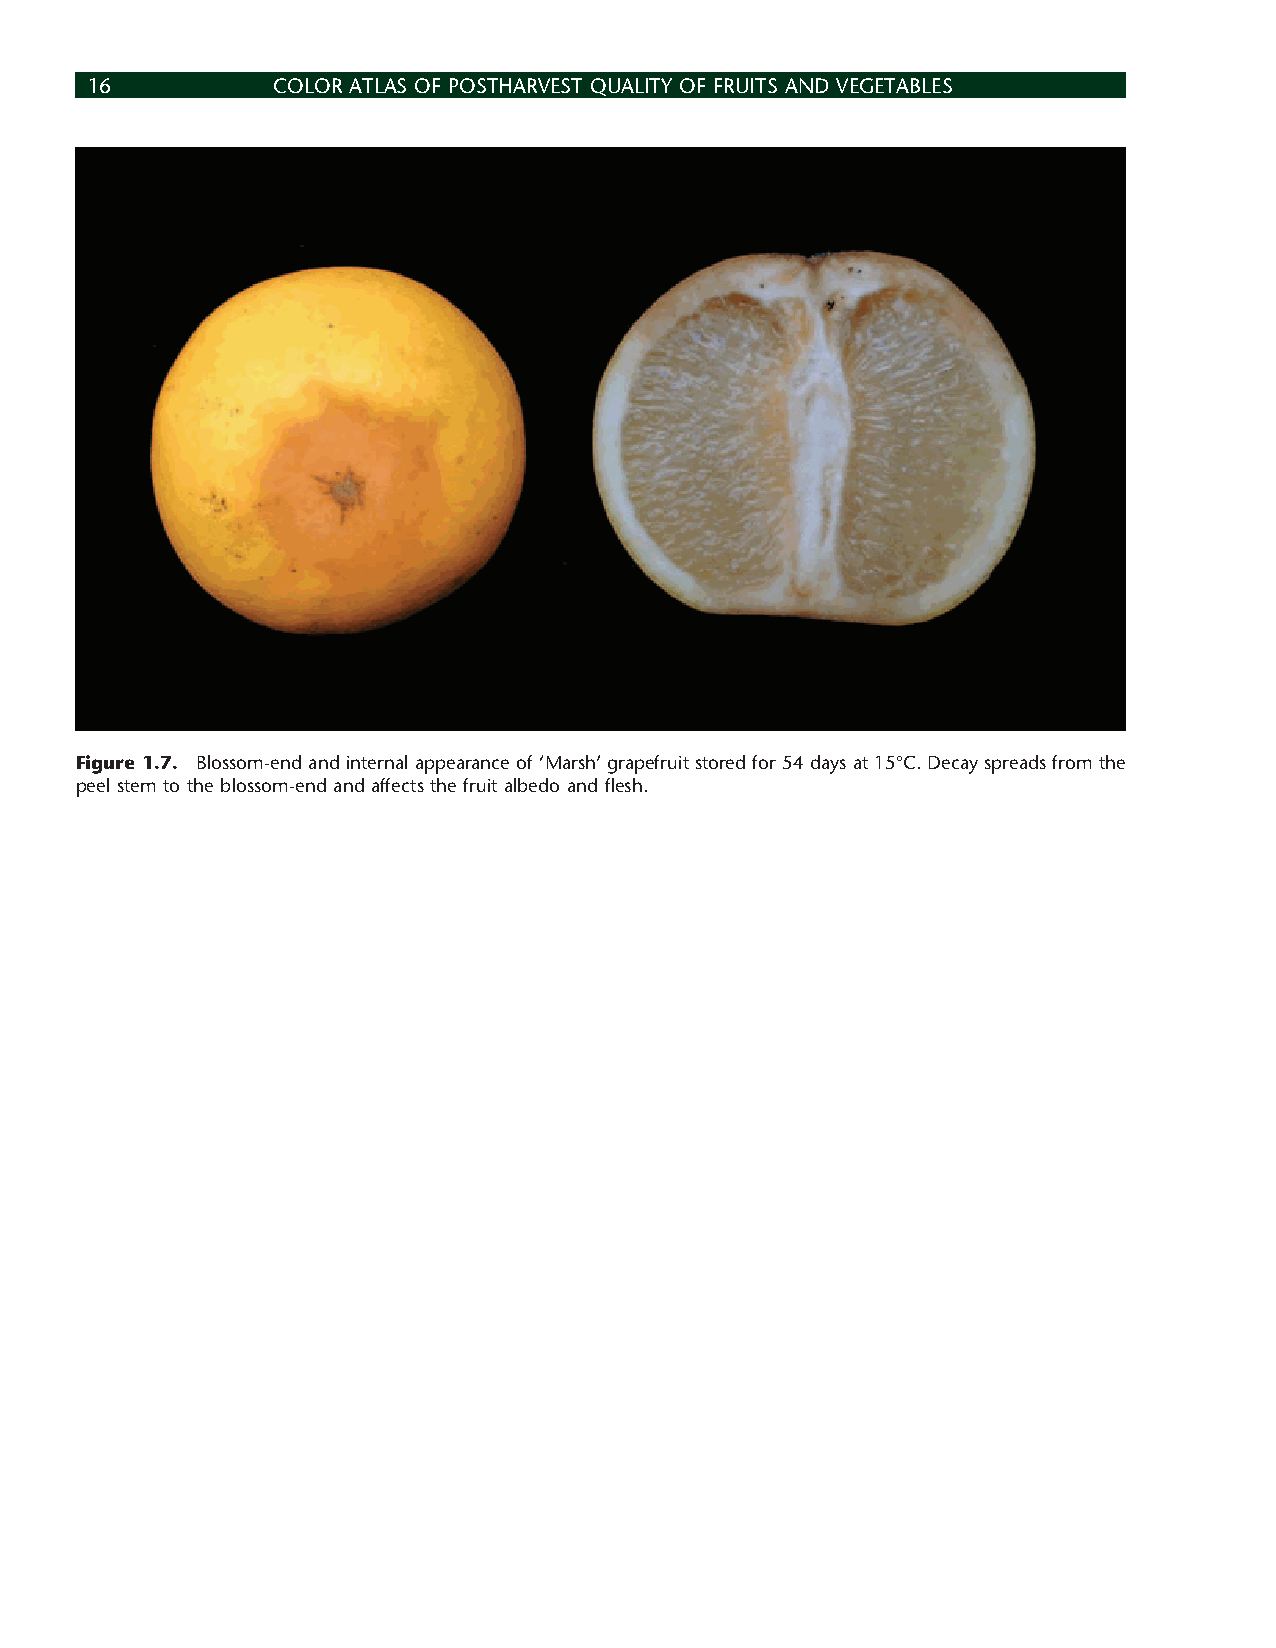
16          COLOR ATLAS OF POSTHARVEST QUALITY OF FRUITS AND VEGETABLES
 Figure 1.7. Blossom-end and internal appearance of ‘Marsh’ grapefruit stored for 54 days at 15°C. Decay spreads from the
 peel stem to the blossom-end and affects the fruit albedo and fl esh.